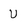
Character: U